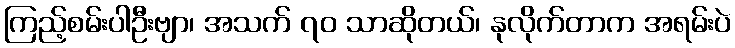
ကြည့်စမ်းပါဦးဗျာ၊ အသက် ၇၀ သာဆိုတယ်၊ နုလိုက်တာက အရမ်းပဲ